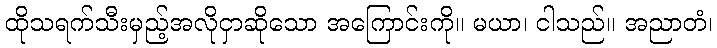
ထိုသရက်သီးမှည့်အလိုငှာဆိုသော အကြောင်းကို။ မယာ၊ ငါသည်။ အညာတံ၊